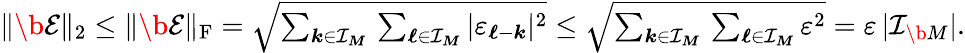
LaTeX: \begin{array}{r}{\| \b{\mathcal E}\| _{2}\leq\| \b{\mathcal E}\| _{\mathrm F}=\sqrt{\sum_{\boldsymbol k\in\mathcal I_{\boldsymbol M}}\, \sum_{\boldsymbol\ell\in\mathcal I_{\boldsymbol M}}|\varepsilon_{\boldsymbol\ell-\boldsymbol k}|^{2}}\leq\sqrt{\sum_{\boldsymbol k\in\mathcal I_{\boldsymbol M}}\, \sum_{\boldsymbol\ell\in\mathcal I_{\boldsymbol M}}\varepsilon^{2}}=\varepsilon\, |\mathcal I_{\b{M}}|.}\end{array}